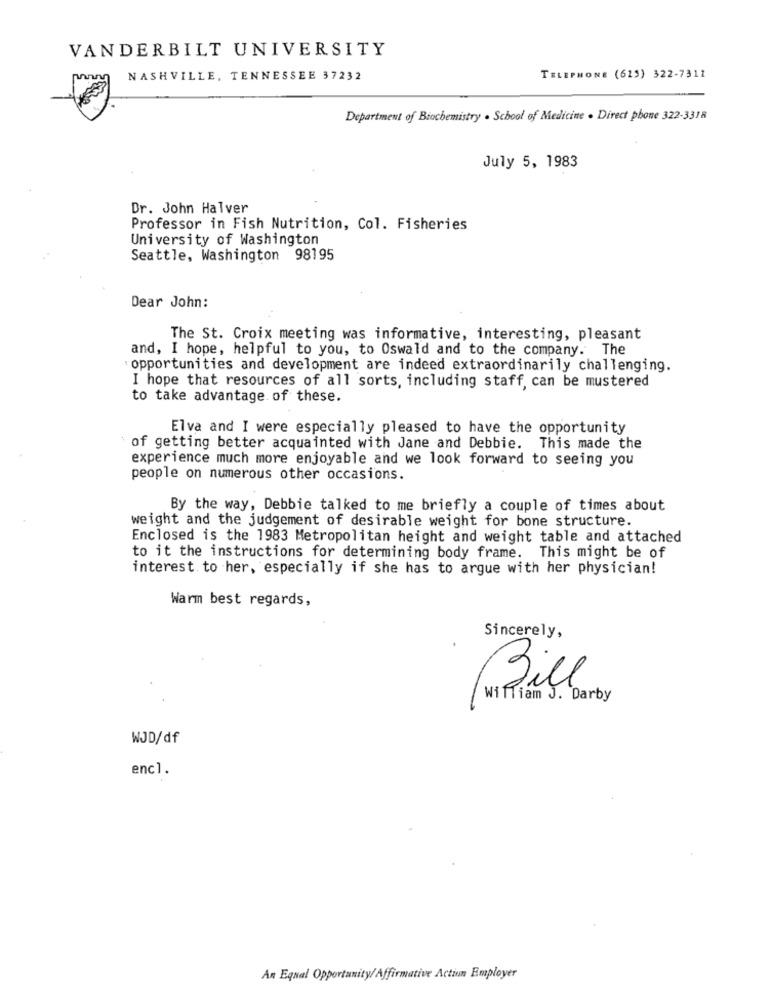
VANDERBILT UNIVERSITY
NASHVILLE, TENNESSEE 37232
TELEPHONE (625) 322-7311
Department of Biochemistry . School of Medicine . Direct phone 322-3318
July 5, 1983
Dr. John Halver
Professor in Fish Nutrition, Col. Fisheries
University of Washington
Seattle, Washington 98195
Dear John:
The St. Croix meeting was informative, interesting, pleasant
and, I hope, helpful to you, to Oswald and to the company. The
: opportunities and development are indeed extraordinarily challenging.
I hope that resources of all sorts, including staff, can be mustered
to take advantage of these.
Elva and I were especially pleased to have the opportunity
of getting better acquainted with Jane and Debbie. This made the
experience much more enjoyable and we look forward to seeing you
people on numerous other occasions.
By the way, Debbie talked to me briefly a couple of times about
weight and the judgement of desirable weight for bone structure.
Enclosed is the 1983 Metropolitan height and weight table and attached
to it the instructions for determining body frame. This might be of
interest to her, especially if she has to argue with her physician!
Warm best regards,
Sincerely,
William J. Darby
Bil
WJD/df
enc1.
An Equal Opportunity/Affirmative Action Employer